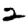
Digit: 2